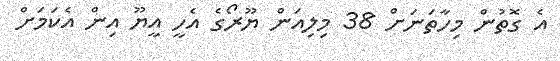
އެ ގޮތުން މިހާތަނަށް 38 މިލިއަން ޔޫރޯގެ އެހީ އީޔޫ އިން އެކަމަށް